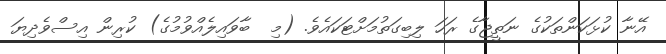
އޭނާ ކުޅަކަންތަކުގެ ނަތީޖާގެ ރަހަ ލިބިގަތުމަށްޓަކައެވެ. (މި  ބާވައިލެއްވުމުގެ) ކުރިން އިސްވެދިޔަ